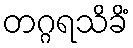
တဂ္ဂရသိခိံ